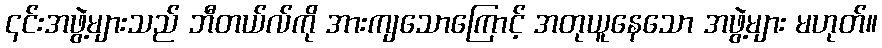
၎င်းအဖွဲ့များသည် ဘီတယ်လ်ကို အားကျသောကြောင့် အတုယူနေသော အဖွဲ့များ မဟုတ်။